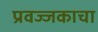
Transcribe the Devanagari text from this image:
प्रवज्जकाचा